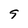
Character: 9